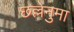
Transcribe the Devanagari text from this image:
छल्लेनुमा